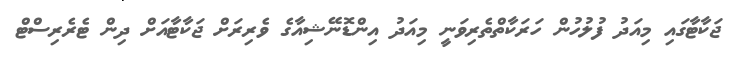
ޖަކާޓާގައި މިއަދު ފުލުހުން ހަރަކާތްތެރިވަނީ މިއަދު އިންޑޮނޭޝިއާގެ ވެރިރަށް ޖަކާޓާއަށް ދިން ޓެރެރިސްޓް